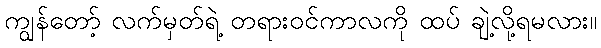
ကျွန်တော့် လက်မှတ်ရဲ့ တရားဝင်ကာလကို ထပ် ချဲ့လို့ရမလား။